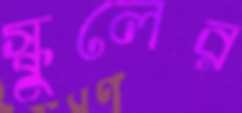
স্কুলের